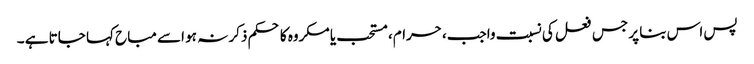
پس اس بنا پر جس فعل کی نسبت واجب، حرام، مستحب یا مکروه کا حکم ذکر نہ ہو اسے مباح کہا جاتا ہے ۔